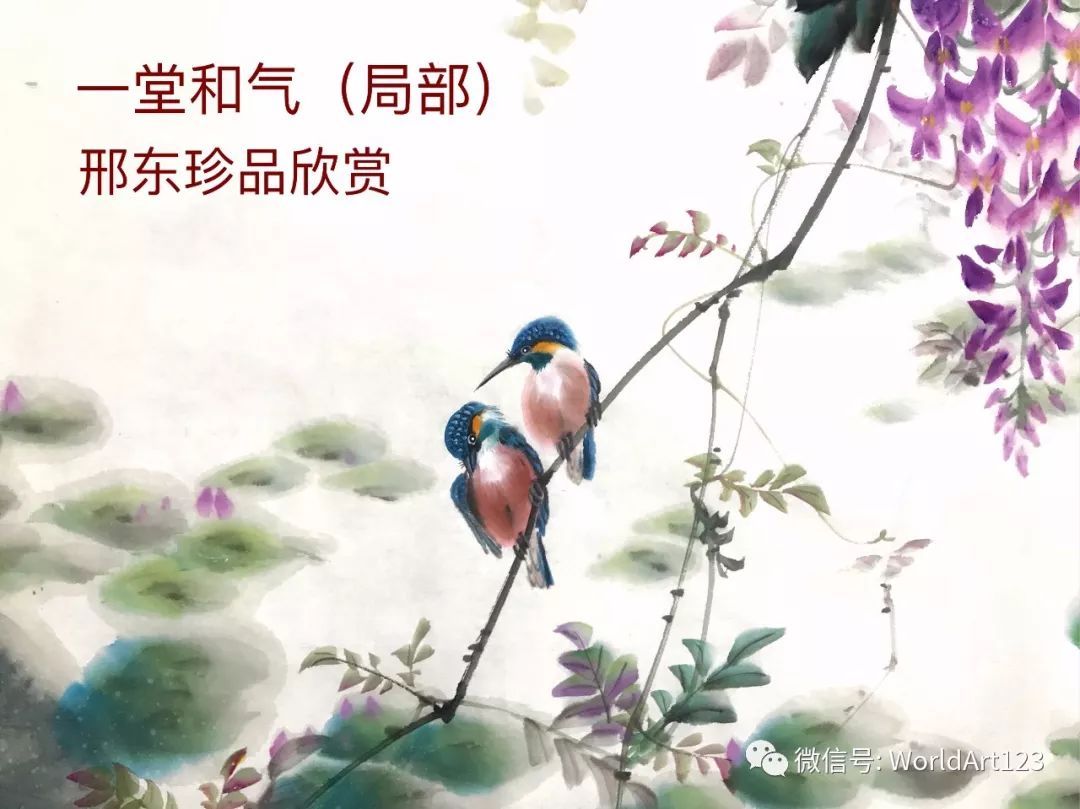
长江春水绿堪染，莲叶出水大如钱。